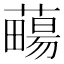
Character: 𧀄